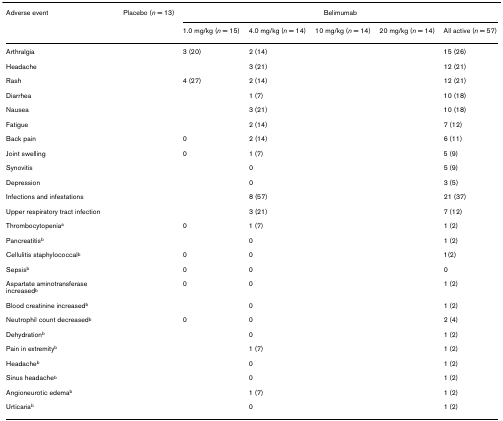
<table><thead><tr><td><b>Adverse event</b></td><td><b>Placebo (<i>n</i> = 13)</b></td><td colspan="5"><b>Belimumab</b></td></tr><tr><td>[EMPTY_CELL]</td><td>[EMPTY_CELL]</td><td><b>1.0 mg/kg (<i>n</i> = 15)</b></td><td><b>4.0 mg/kg (<i>n</i> = 14)</b></td><td><b>10 mg/kg (<i>n</i> = 14)</b></td><td><b>20 mg/kg (<i>n</i> = 14)</b></td><td><b>All active (<i>n</i> = 57)</b></td></tr></thead><tbody><tr><td>Arthralgia</td><td>[EMPTY_CELL]</td><td>3 (20)</td><td>2 (14)</td><td>[EMPTY_CELL]</td><td>[EMPTY_CELL]</td><td>15 (26)</td></tr><tr><td>Headache</td><td>[EMPTY_CELL]</td><td>[EMPTY_CELL]</td><td>3 (21)</td><td>[EMPTY_CELL]</td><td>[EMPTY_CELL]</td><td>12 (21)</td></tr><tr><td>Rash</td><td>[EMPTY_CELL]</td><td>4 (27)</td><td>2 (14)</td><td>[EMPTY_CELL]</td><td>[EMPTY_CELL]</td><td>12 (21)</td></tr><tr><td>Diarrhea</td><td>[EMPTY_CELL]</td><td>[EMPTY_CELL]</td><td>1 (7)</td><td>[EMPTY_CELL]</td><td>[EMPTY_CELL]</td><td>10 (18)</td></tr><tr><td>Nausea</td><td>[EMPTY_CELL]</td><td>[EMPTY_CELL]</td><td>3 (21)</td><td>[EMPTY_CELL]</td><td>[EMPTY_CELL]</td><td>10 (18)</td></tr><tr><td>Fatigue</td><td>[EMPTY_CELL]</td><td>[EMPTY_CELL]</td><td>2 (14)</td><td>[EMPTY_CELL]</td><td>[EMPTY_CELL]</td><td>7 (12)</td></tr><tr><td>Back pain</td><td>[EMPTY_CELL]</td><td>0</td><td>2 (14)</td><td>[EMPTY_CELL]</td><td>[EMPTY_CELL]</td><td>6 (11)</td></tr><tr><td>Joint swelling</td><td>[EMPTY_CELL]</td><td>0</td><td>1 (7)</td><td>[EMPTY_CELL]</td><td>[EMPTY_CELL]</td><td>5 (9)</td></tr><tr><td>Synovitis</td><td>[EMPTY_CELL]</td><td>[EMPTY_CELL]</td><td>0</td><td>[EMPTY_CELL]</td><td>[EMPTY_CELL]</td><td>5 (9)</td></tr><tr><td>Depression</td><td>[EMPTY_CELL]</td><td>[EMPTY_CELL]</td><td>0</td><td>[EMPTY_CELL]</td><td>[EMPTY_CELL]</td><td>3 (5)</td></tr><tr><td>Infections and infestations</td><td>[EMPTY_CELL]</td><td>[EMPTY_CELL]</td><td>8 (57)</td><td>[EMPTY_CELL]</td><td>[EMPTY_CELL]</td><td>21 (37)</td></tr><tr><td>Upper respiratory tract infection</td><td>[EMPTY_CELL]</td><td>[EMPTY_CELL]</td><td>3 (21)</td><td>[EMPTY_CELL]</td><td>[EMPTY_CELL]</td><td>7 (12)</td></tr><tr><td>Thrombocytopenia<sup>a</sup></td><td>[EMPTY_CELL]</td><td>0</td><td>1 (7)</td><td>[EMPTY_CELL]</td><td>[EMPTY_CELL]</td><td>1 (2)</td></tr><tr><td>Pancreatitis<sup>b</sup></td><td>[EMPTY_CELL]</td><td>[EMPTY_CELL]</td><td>0</td><td>[EMPTY_CELL]</td><td>[EMPTY_CELL]</td><td>1 (2)</td></tr><tr><td>Cellulitis staphylococcal<sup>b</sup></td><td>[EMPTY_CELL]</td><td>0</td><td>0</td><td>[EMPTY_CELL]</td><td>[EMPTY_CELL]</td><td>1(2)</td></tr><tr><td>Sepsis<sup>b</sup></td><td>[EMPTY_CELL]</td><td>0</td><td>0</td><td>[EMPTY_CELL]</td><td>[EMPTY_CELL]</td><td>0</td></tr><tr><td>Aspartate aminotransferase increased<sup>b</sup></td><td>[EMPTY_CELL]</td><td>0</td><td>0</td><td>[EMPTY_CELL]</td><td>[EMPTY_CELL]</td><td>1 (2)</td></tr><tr><td>Blood creatinine increased<sup>b</sup></td><td>[EMPTY_CELL]</td><td>[EMPTY_CELL]</td><td>0</td><td>[EMPTY_CELL]</td><td>[EMPTY_CELL]</td><td>1 (2)</td></tr><tr><td>Neutrophil count decreased<sup>b</sup></td><td>[EMPTY_CELL]</td><td>0</td><td>0</td><td>[EMPTY_CELL]</td><td>[EMPTY_CELL]</td><td>2 (4)</td></tr><tr><td>Dehydration<sup>b</sup></td><td>[EMPTY_CELL]</td><td>[EMPTY_CELL]</td><td>0</td><td>[EMPTY_CELL]</td><td>[EMPTY_CELL]</td><td>1 (2)</td></tr><tr><td>Pain in extremity<sup>b</sup></td><td>[EMPTY_CELL]</td><td>[EMPTY_CELL]</td><td>1 (7)</td><td>[EMPTY_CELL]</td><td>[EMPTY_CELL]</td><td>1 (2)</td></tr><tr><td>Headache<sup>b</sup></td><td>[EMPTY_CELL]</td><td>[EMPTY_CELL]</td><td>0</td><td>[EMPTY_CELL]</td><td>[EMPTY_CELL]</td><td>1 (2)</td></tr><tr><td>Sinus headache<sup>b</sup></td><td>[EMPTY_CELL]</td><td>[EMPTY_CELL]</td><td>0</td><td>[EMPTY_CELL]</td><td>[EMPTY_CELL]</td><td>1 (2)</td></tr><tr><td>Angioneurotic edema<sup>b</sup></td><td>[EMPTY_CELL]</td><td>[EMPTY_CELL]</td><td>1 (7)</td><td>[EMPTY_CELL]</td><td>[EMPTY_CELL]</td><td>1 (2)</td></tr><tr><td>Urticaria<sup>b</sup></td><td>[EMPTY_CELL]</td><td>[EMPTY_CELL]</td><td>0</td><td>[EMPTY_CELL]</td><td>[EMPTY_CELL]</td><td>1 (2)</td></tr></tbody></table>